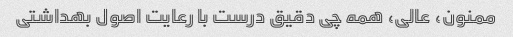
ممنون، عالی، همه چی دقیق درست با رعایت اصول بهداشتی